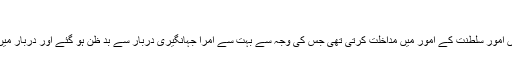
مہابت خان کی بغاوت[ترمیم]
جہانگیر کی چہیتی بیوی نور جہاں امور سلطنت کے امور میں مداخلت کرتی تھی جس کی وجہ سے بہت سے امرا جہانگیری دربار سے بد ظن ہو گئے اور دربار میں کئی امرا کی آمدورفت بندہوگئی۔